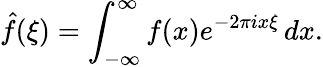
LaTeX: {\hat{f}}(\xi)=\int_{-\infty}^{\infty}f(x)e^{-2\pi ix\xi}\, dx.